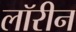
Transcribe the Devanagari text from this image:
लॉरीन